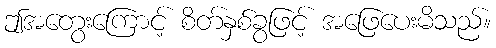
ဤအတွေးကြောင့် စိတ်နှစ်ခွဖြင့် အဖြေပေးမိသည်။